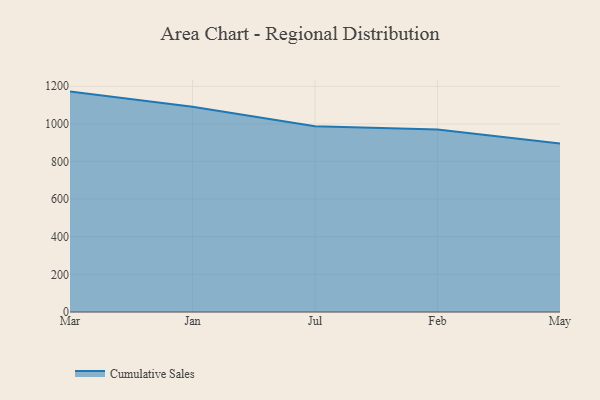
{"axis": {"x": "Month", "y": "Market Share (%)"}, "legend": ["Cumulative Sales"], "data": [{"x": "Mar", "y": 1171.6, "type": "Cumulative Sales"}, {"x": "Jan", "y": 1091.5, "type": "Cumulative Sales"}, {"x": "Jul", "y": 987.6, "type": "Cumulative Sales"}, {"x": "Feb", "y": 969.8, "type": "Cumulative Sales"}, {"x": "May", "y": 896.1, "type": "Cumulative Sales"}]}